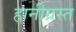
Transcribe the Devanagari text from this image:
हानीग्रस्त